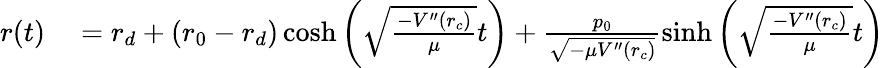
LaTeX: \begin{array}{rl}{r(t)}&{{}=r_{d}+(r_{0}-r_{d})\cosh\left(\sqrt{\frac{-V^{\prime\prime}(r_{c})}{\mu}}t\right)+\frac{p_{0}}{\sqrt{-\mu V^{\prime\prime}(r_{c})}}\sinh\left(\sqrt{\frac{-V^{\prime\prime}(r_{c})}{\mu}}t\right)}\end{array}